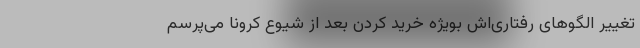
تغییر الگوهای رفتاری‌اش بویژه خرید کردن بعد از شیوع کرونا می‌پرسم